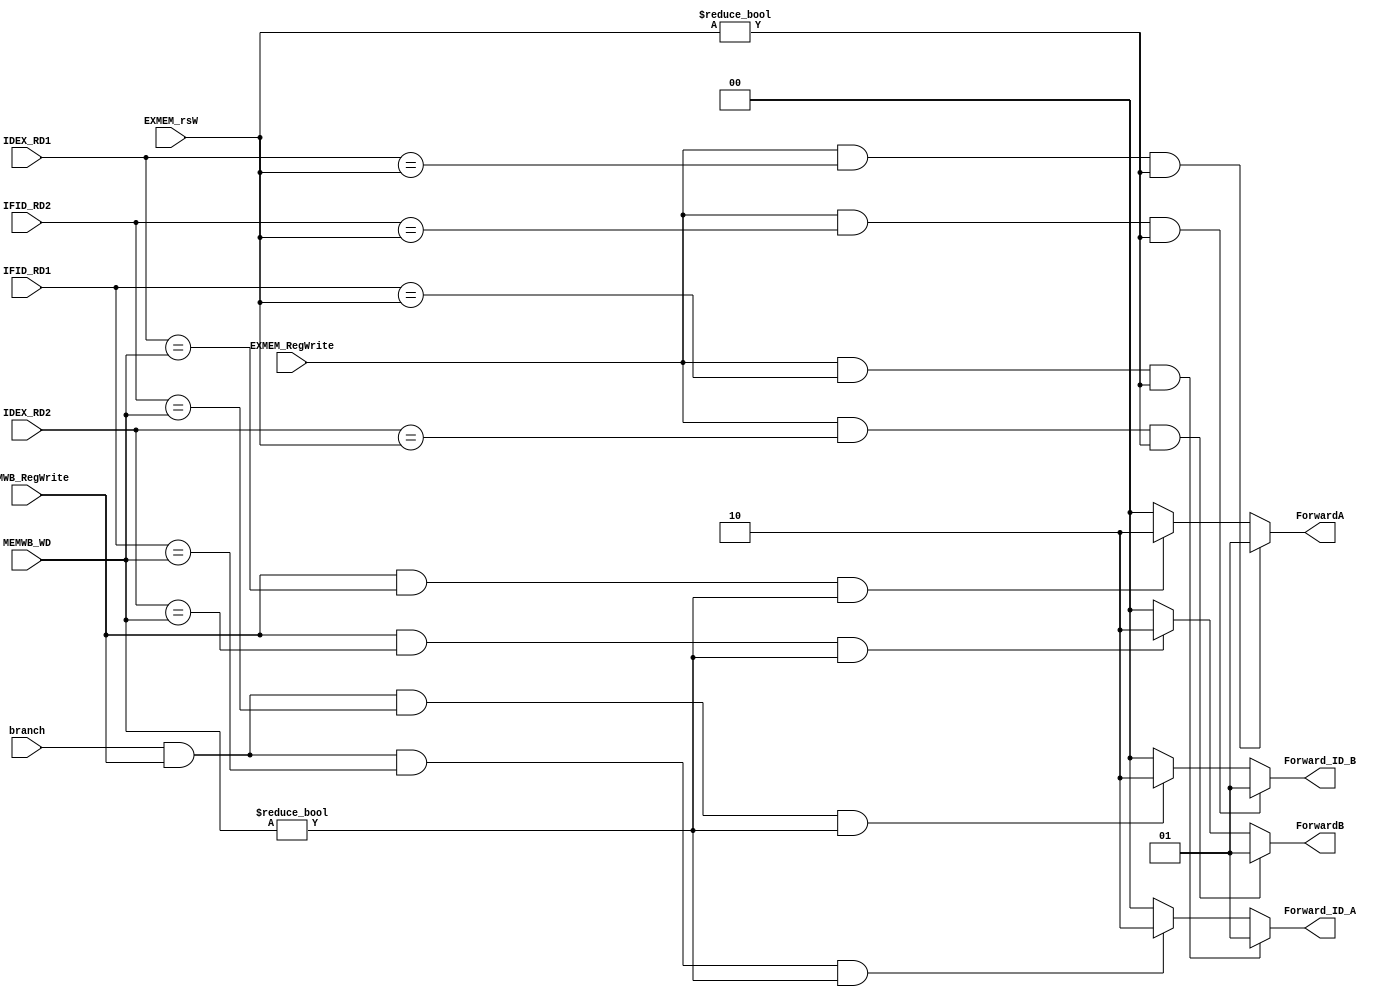
module ForwardingUnit (
    input branch,
    input [4:0] IDEX_RD1,
    input [4:0] IDEX_RD2,
    input [4:0] IFID_RD1,
    input [4:0] IFID_RD2,
    input [4:0] EXMEM_rsW,
    input [4:0] MEMWB_WD,
    input       EXMEM_RegWrite,
    input       MEMWB_RegWrite,
    output reg [1:0] Forward_ID_A,
    output reg [1:0] Forward_ID_B,
    output reg [1:0] ForwardA,
    output reg [1:0] ForwardB
);

always @(*) begin
    // Forward EXMEM->EX
    if (EXMEM_RegWrite==1'b1 && IDEX_RD1 == EXMEM_rsW && EXMEM_rsW != 0) ForwardA = 2'b01;
    // Forward MEMWB->EX (load)
    else if (MEMWB_RegWrite==1'b1 && IDEX_RD1 == MEMWB_WD && MEMWB_WD != 0) ForwardA = 2'b10;
    else ForwardA = 2'b00;

    // Forward EXMEM->ID (addi->nop->beq)
    if (EXMEM_RegWrite==1'b1 && IFID_RD1 == EXMEM_rsW && EXMEM_rsW != 0) Forward_ID_A = 2'b01;
    //Forward MEMWB->ID (load->nop->nop->beq)
    else if (branch && MEMWB_RegWrite==1'b1 && IFID_RD1 == MEMWB_WD && MEMWB_WD != 0) Forward_ID_A = 2'b10;
    else Forward_ID_A = 2'b00;
    
    // For RD2
    if (EXMEM_RegWrite==1'b1 && IDEX_RD2 == EXMEM_rsW && EXMEM_rsW != 0) ForwardB =  2'b01;
    else if (MEMWB_RegWrite==1'b1 && IDEX_RD2 == MEMWB_WD && MEMWB_WD != 0) ForwardB = 2'b10;
    else ForwardB = 2'b00;

    // Forward EXMEM->ID (addi->nop->beq)
    if (EXMEM_RegWrite==1'b1 && IFID_RD2 == EXMEM_rsW && EXMEM_rsW != 0) Forward_ID_B = 2'b01;
    //Forward MEMWB->ID (load->nop->nop->beq)
    else if (branch && MEMWB_RegWrite==1'b1 && IFID_RD2 == MEMWB_WD && MEMWB_WD != 0) Forward_ID_B = 2'b10;
    else Forward_ID_B = 2'b00;
end

endmodule